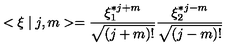
< \xi \mid j , m > = \frac { \xi _ { 1 } ^ { * j + m } } { \sqrt { ( j + m ) ! } } \frac { \xi _ { 2 } ^ { * j - m } } { \sqrt { ( j - m ) ! } }